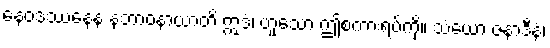
နေဝဒဿနေန နဘာဝနာယာတိ ဣဒံ၊ ဟူသော ဤစကားရပ်ကို။ သံယော ဇနာဒီနံ၊